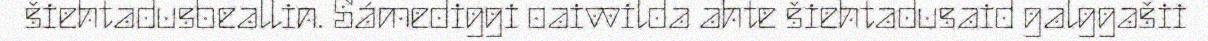
šiehtadusbeallin. Sámediggi oaivvilda ahte šiehtadusaid galggašii